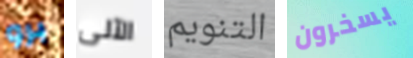
برو الآلى التنويم يسخرون